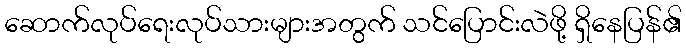
ဆောက်လုပ်ရေးလုပ်သားများအတွက် သင်ပြောင်းလဲဖို့ ရှိနေပြန်၏